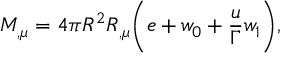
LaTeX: M _ { , \mu } = 4 \pi R ^ { 2 } R _ { , \mu } \biggl ( { e + w _ { 0 } + { \frac { u } { \Gamma } } w _ { 1 } } \biggr ) ,